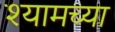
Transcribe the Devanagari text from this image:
श्यामच्या